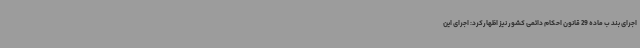
اجرای بند ب ماده 29 قانون احکام دائمی کشور نیز اظهارکرد: اجرای این